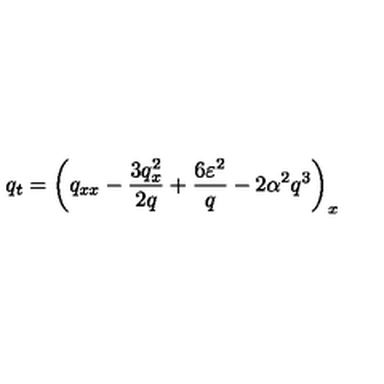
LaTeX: q _ { t } = \left( q _ { x x } - \frac { 3 q _ { x } ^ { 2 } } { 2 q } + \frac { 6 \varepsilon ^ { 2 } } { q } - 2 \alpha ^ { 2 } q ^ { 3 } \right) _ { x }